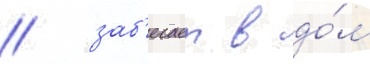
/ заб'егает в до́м